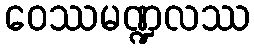
ဝေဿမဏ္ဍလဿ